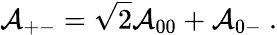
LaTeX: {\cal A}_{+-}=\sqrt{2}{\cal A}_{00}+{\cal A}_{0-}~.